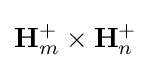
\mathbf {H} _{m}^{+}\times \mathbf {H} _{n}^{+}